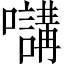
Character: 𡄧